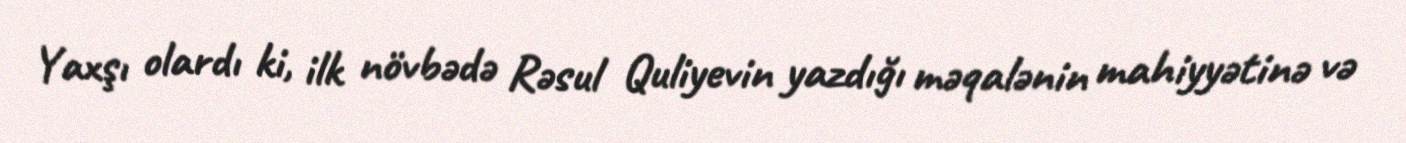
Yaxşı olardı ki, ilk növbədə Rəsul Quliyevin yazdığı məqalənin mahiyyətinə və